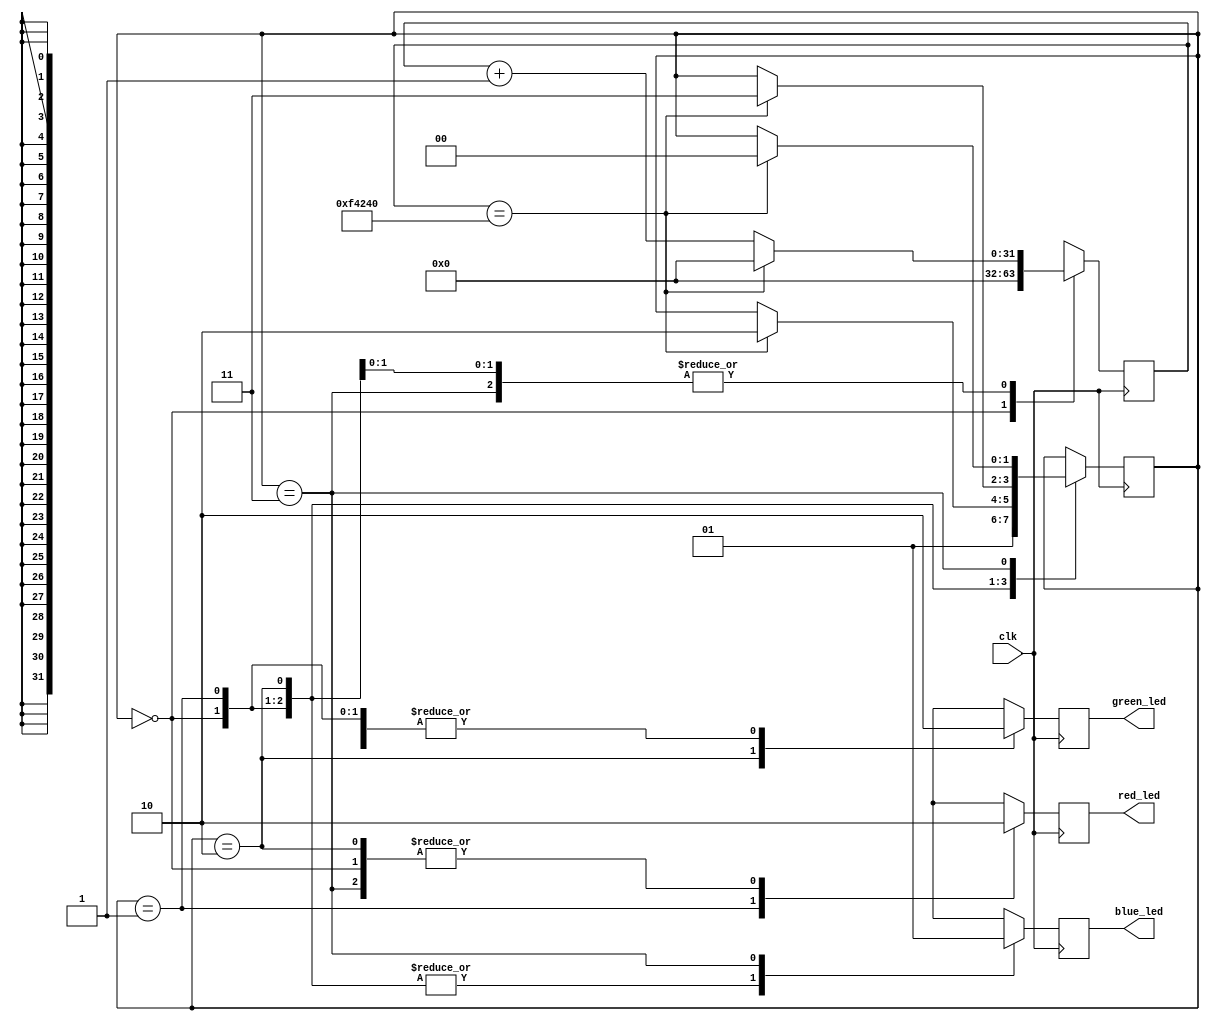
`timescale 1ns / 1ps
//////////////////////////////////////////////////////////////////////////////////
// Company: 
// Engineer: 
// 
// Design Name: 
// Module Name: rgb_led
// Project Name: 
// Target Devices: 
// Tool Versions: 
// Description: 
// 
// Dependencies: 
// 
// Revision:
// Revision 0.01 - File Created
// Additional Comments:
// 
//////////////////////////////////////////////////////////////////////////////////


module rgb_led(
    input wire clk,
    output reg red_led,
    output reg green_led,
    output reg blue_led
);

// Internal state variable to control the LED sequence
reg [1:0] led_state;
reg [31:0] counter;

// Define states for LED sequence
parameter IDLE_STATE = 2'b00;
parameter RED_STATE = 2'b01;
parameter GREEN_STATE = 2'b10;
parameter BLUE_STATE = 2'b11;

always @(posedge clk) begin
    // State machine to control LED sequence
    case(led_state)
        IDLE_STATE: begin
            counter <= 0;
            red_led <= 1'b0;
            green_led <= 1'b0;
            blue_led <= 1'b0;
            led_state <= RED_STATE;
        end
        RED_STATE: begin
            red_led <= 1'b1;
            green_led <= 1'b0;
            blue_led <= 1'b0;
            if (counter == 1_000_000) begin // Adjust the delay according to your clock frequency
                counter <= 0;
                led_state <= GREEN_STATE;
            end else begin
                counter <= counter + 1;
            end
        end
        GREEN_STATE: begin
            red_led <= 1'b0;
            green_led <= 1'b1;
            blue_led <= 1'b0;
            if (counter == 1_000_000) begin // Adjust the delay according to your clock frequency
                counter <= 0;
                led_state <= BLUE_STATE;
            end else begin
                counter <= counter + 1;
            end
        end
        BLUE_STATE: begin
            red_led <= 1'b0;
            green_led <= 1'b0;
            blue_led <= 1'b1;
            if (counter == 1_000_000) begin // Adjust the delay according to your clock frequency
                counter <= 0;
                led_state <= IDLE_STATE;
            end else begin
                counter <= counter + 1;
            end
        end
        default: begin
            led_state <= IDLE_STATE;
        end
    endcase
end

endmodule